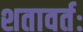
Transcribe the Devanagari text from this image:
शतावर्तः